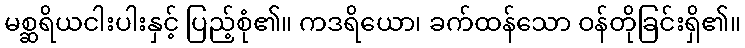
မစ္ဆရိယငါးပါးနှင့် ပြည့်စုံ၏။ ကဒရိယော၊ ခက်ထန်သော ဝန်တိုခြင်းရှိ၏။